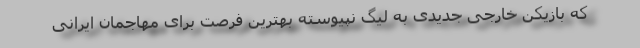
که بازیکن خارجی جدیدی به لیگ نپیوسته بهترین فرصت برای مهاجمان ایرانی